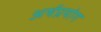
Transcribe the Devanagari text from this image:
अर्थप्रयोग